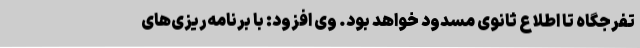
تفرجگاه تا اطلاع ثانوی مسدود خواهد بود. وی افزود: با برنامه‌ریزی‌های